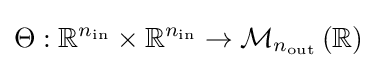
\Theta :\mathbb {R} ^{n_{\mathrm {in} }}\times \mathbb {R} ^{n_{\mathrm {in} }}\to {\mathcal {M}}_{n_{\mathrm {out} }}\left(\mathbb {R} \right)